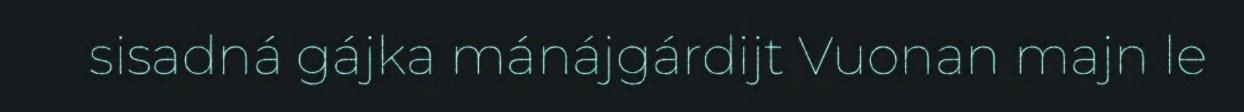
sisadná gájka mánájgárdijt Vuonan majn le